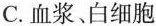
C.血浆、白细胞